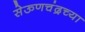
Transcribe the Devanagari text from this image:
सेऊणचंद्रच्या